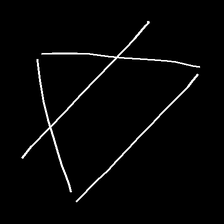
Glyph: empower